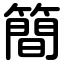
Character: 簡